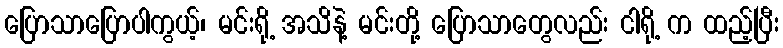
ပြောသာပြောပါကွယ့်၊ မင်းရို့ အသိနဲ့ မင်းတို့ ပြောသာတွေလည်း ငါရို့ က ထည့်ပြီး